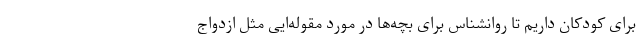
برای کودکان داریم تا روانشناس برای بچه‌ها در مورد مقوله‌ایی مثل ازدواج